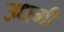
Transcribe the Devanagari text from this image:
उधमी